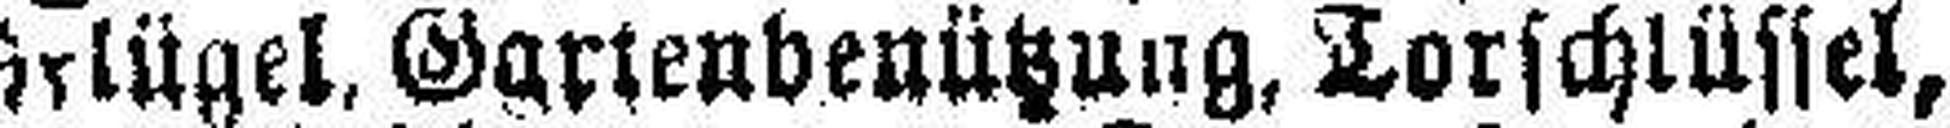
Flügel, Gartenbenützung, Torschlüssel,